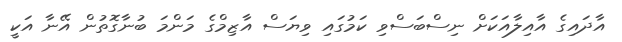
އާދައިގެ އާއިލާއަކަށް ނިސްބަސްވި ކަމުގައި ވިޔަސް އާޒިމްގެ މަންމަ ބުނާގޮތުން އޭނާ އަކީ